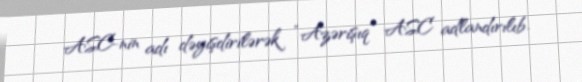
ASC-nin adı dəyişdirilərək “Azərişıq” ASC adlandırılıb.